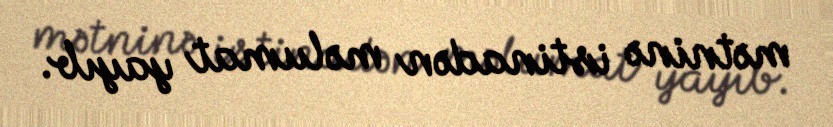
mətninə istinadən məlumat yayıb.